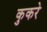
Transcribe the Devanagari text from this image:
कुकरे